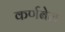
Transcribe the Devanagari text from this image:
कर्णबेल